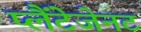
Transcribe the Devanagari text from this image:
प्लैंटेजेनट